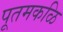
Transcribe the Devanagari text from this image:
पूतमकळि